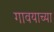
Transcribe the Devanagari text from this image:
गावयाच्या